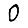
Digit: 0